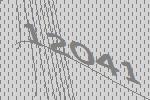
12041